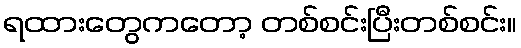
ရထားတွေကတော့ တစ်စင်းပြီးတစ်စင်း။